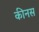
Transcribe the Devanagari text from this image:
कीनस